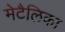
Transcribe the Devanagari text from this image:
मेटैलिका